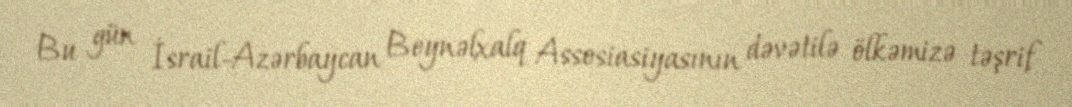
Bu gün İsrail-Azərbaycan Beynəlxalq Assosiasiyasının dəvətilə ölkəmizə təşrif